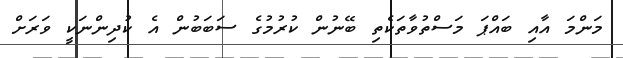
މަންމަ އާއި ބައްޕަ މަސްތުވާތަކެތި ބޭނުން ކުރުމުގެ ސަބަބުން އެ ކުދިންނަކީ ވަރަށް